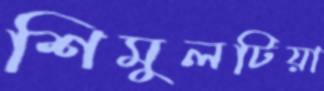
শিমুলটিয়া